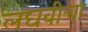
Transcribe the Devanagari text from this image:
लघवीचा